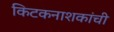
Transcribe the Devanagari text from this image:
किटकनाशकांची